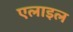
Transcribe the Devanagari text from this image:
एलाइल